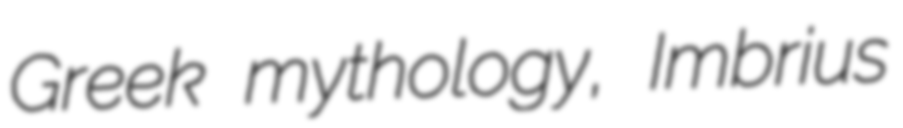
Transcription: Greek mythology, Imbrius